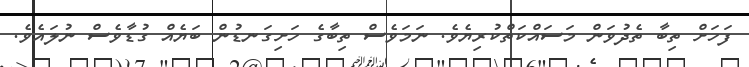
ފަހަށް ތިބާ ތެދުވަން މަސައްކަތްކުރިޔެވެ. ނަމަވެސް ތިބާގެ ހަށިގަނޑުން ބަޔެއް ގުޑާވެސް ނުލައެވެ.